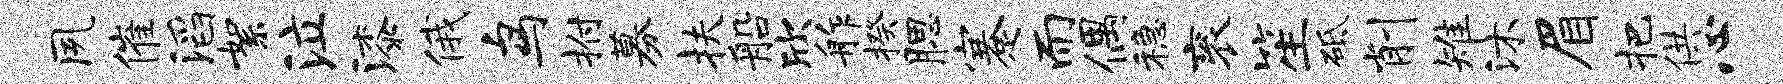
夙催滔絮泣漆俄鸟拊募扶船欣舴揆腮蹇而偶稳衮笙砥削雉沐眉把供心